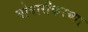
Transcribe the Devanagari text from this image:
गोवारीकरच्या